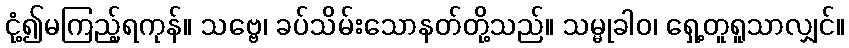
ငုံ့၍မကြည့်ရကုန်။ သဗ္ဗေ၊ ခပ်သိမ်းသောနတ်တို့သည်။ သမ္မုခါဝ၊ ရှေ့တူရူသာလျှင်။